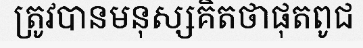
ត្រូវបានមនុស្សគិតថាផុតពូជ